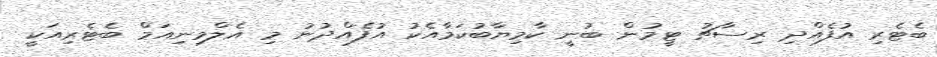
ބެޓެރި އުފެއްދި ރިސާޗު ޓީމުން ބުނީ ކާމިޔާބުކަމާއެކު އުފެއްދުނު މި އެލްމިނިއަމް ބެޓެރިއަކީ